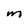
Character: m